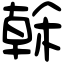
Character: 榦